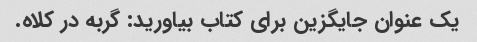
یک عنوان جایگزین برای کتاب بیاورید: گربه در کلاه.